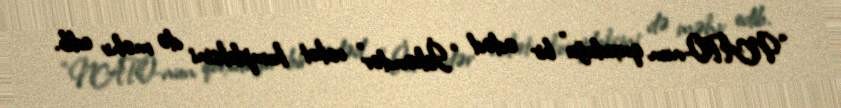
“NATO-nun qorxduğu” bir ədəd “İskəndər” raket kompleksini də məhv edib.